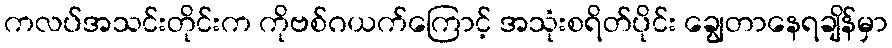
ကလပ်အသင်းတိုင်းက ကိုဗစ်ဂယက်ကြောင့် အသုံးစရိတ်ပိုင်း ချွေတာနေရချိန်မှာ